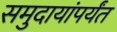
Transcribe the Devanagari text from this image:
समुदायांपर्यंत